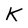
Character: K